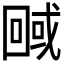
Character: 𭍮